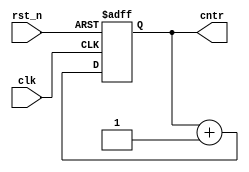

module counter
#(
    parameter WIDTH = 1
)(
    input                  clk,
    input                  rst_n,
    output reg [WIDTH-1:0] cntr
);
    always @ (posedge clk or negedge rst_n)
        if (!rst_n)
            cntr <= 0;
        else
            cntr <= cntr + 1;
endmodule

module counter_block
#(
    parameter WIDTH = 1
)(
    input              clk,
    input              rst_n,
    output [WIDTH-1:0] cntr
);
    wire [WIDTH-1:0] cntr_nx = cntr + 1;
    register_c #(WIDTH) r_cntr (clk, rst_n, cntr_nx, cntr);

endmodule

module register_c
#(
    parameter WIDTH = 1
)(
    input                  clk,
    input                  rst_n,
    input      [WIDTH-1:0] d,
    output reg [WIDTH-1:0] q
);

    always @ (posedge clk or negedge rst_n)
        if (!rst_n)
            q <= 0;
        else
            q <= d;
 
endmodule